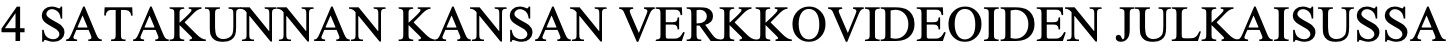
4 SATAKUNNAN KANSAN VERKKOVIDEOIDEN  JULKAISUSSA